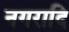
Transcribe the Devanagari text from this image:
नगरादि